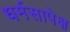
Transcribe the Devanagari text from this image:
धर्मसापेक्ष